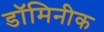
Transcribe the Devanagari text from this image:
डॉमिनीक